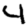
Digit: 4